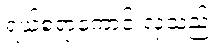
ရယ်စရာကောင်းလှသည်။